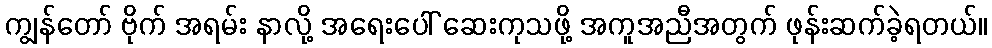
ကျွန်တော် ဗိုက် အရမ်း နာလို့ အရေးပေါ် ဆေးကုသဖို့ အကူအညီအတွက် ဖုန်းဆက်ခဲ့ရတယ်။